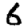
Digit: 6